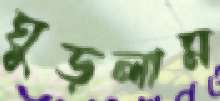
ঘুড়লাম